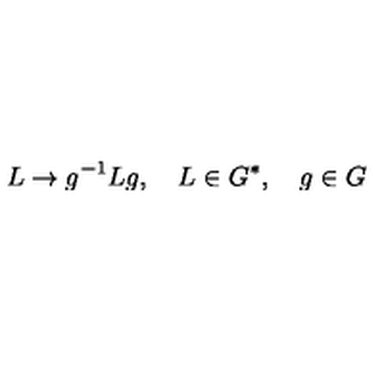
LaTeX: L \rightarrow g ^ { - 1 } L g , \quad L \in G ^ { * } , \quad g \in G